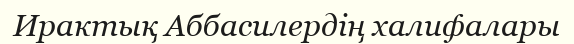
Ирактық Аббасилердің халифалары